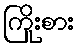
ကြိုးစား